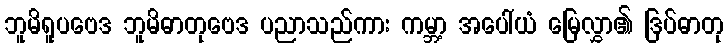
ဘူမိရူပဗေဒ ဘူမိဓာတုဗေဒ ပညာသည်ကား ကမ္ဘာ့ အပေါ်ယံ မြေလွှာ၏ ဒြပ်ဓာတု